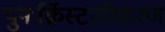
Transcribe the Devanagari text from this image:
पुनःर्क्रिस्टलीकरण